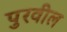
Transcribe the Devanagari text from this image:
पुरवील